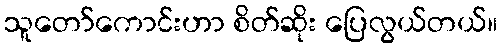
သူတော်ကောင်းဟာ စိတ်ဆိုး ပြေလွယ်တယ်။